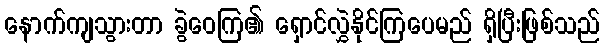
နောက်ကျသွားတာ ခွဲဝေကြ၏ ရှောင်လွှဲနိုင်ကြပေမည် ရှိပြီးဖြစ်သည်